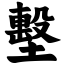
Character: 墼